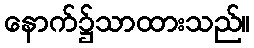
နောက်၌သာထားသည်။